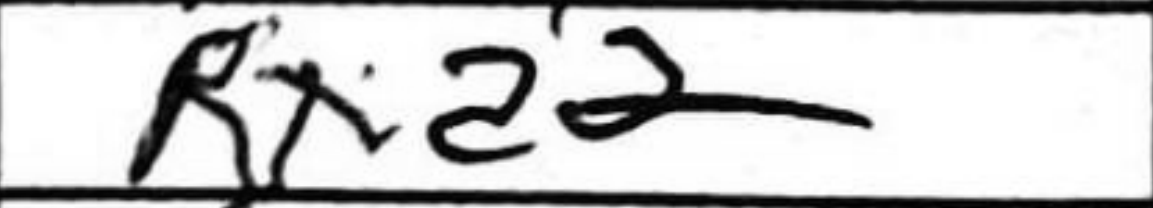
Transcription: Rxd2